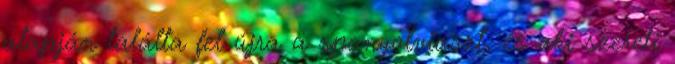
alapján találta fel újra a spanyolviaszt, és aki szereti